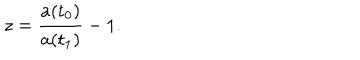
LaTeX: z = \frac { a ( { \sf t } _ { 0 } ) } { a ( { \sf t } _ { 1 } ) } - 1 .